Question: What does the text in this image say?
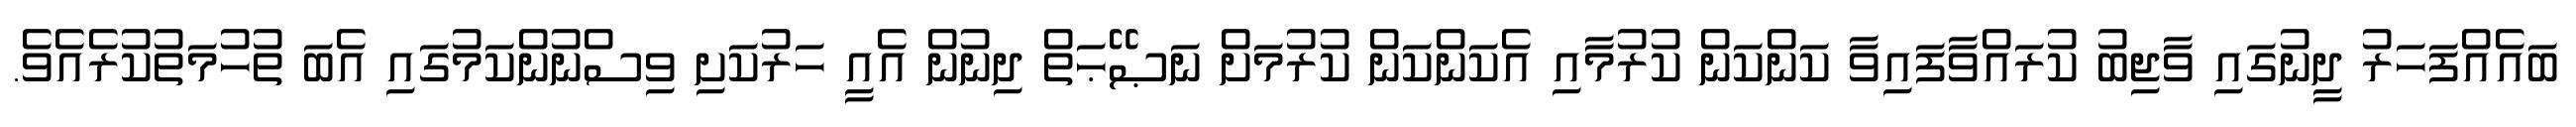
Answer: ބައެއްފަހަރު ދީނުގައި ވާޖިބު ކުރައްވާފައިވާ ކަންކަން ކުރުމާއި އެކަންކަން ކުރުމަށް ނަޞޭޙަތް ދިނުން އެއީ ހަރުކަށި ވިސްނުންކަމުގައި އެބަ ތުހުމަތުކުރެއެވެ.